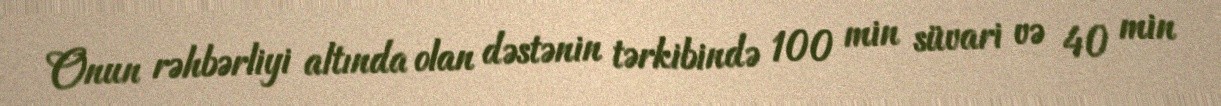
Onun rəhbərliyi altında olan dəstənin tərkibində 100 min süvari və 40 min